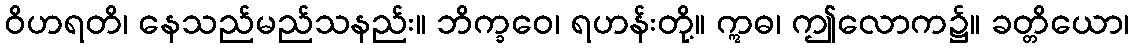
ဝိဟရတိ၊ နေသည်မည်သနည်း။ ဘိက္ခဝေ၊ ရဟန်းတို့။ ဣဓ၊ ဤလောက၌။ ခတ္တိယော၊